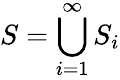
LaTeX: S=\bigcup_{i=1}^{\infty}S_{i}